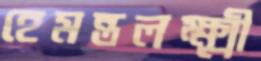
হেমন্তলক্ষ্মী